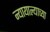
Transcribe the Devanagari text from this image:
न्यायाल्याच्या